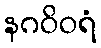
နဂဝိဝရံ